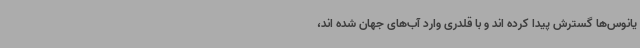
یانوس‌ها گسترش پیدا کرده اند و با قلدری وارد آب‌های جهان شده اند،